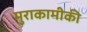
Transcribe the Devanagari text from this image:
मुराकामीकी